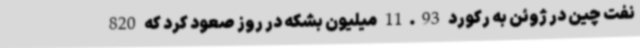
نفت چین در ژوئن به رکورد 11.93 میلیون بشکه در روز صعود کرد که 820